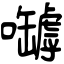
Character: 嚹